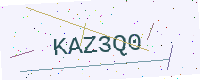
Text: KAZ3Q0